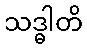
သဒ္ဓါတိ